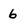
Character: 6